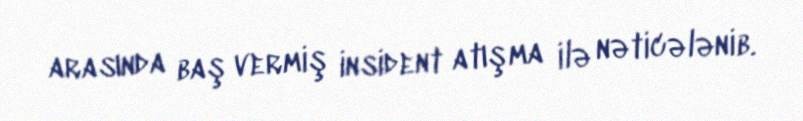
arasında baş vermiş insident atışma ilə nəticələnib.